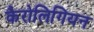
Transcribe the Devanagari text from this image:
कैरोलिगियन